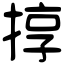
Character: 㨃